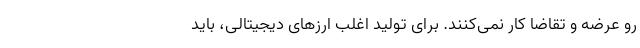
رو عرضه و تقاضا کار نمی­کنند. برای تولید اغلب ارزهای دیجیتالی، باید